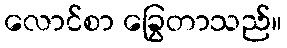
လောင်စာ ခြွေတာသည်။